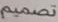
تصميم